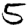
Digit: 5